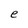
Character: e